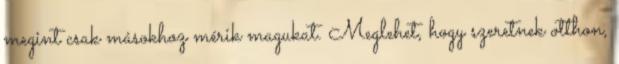
megint csak másokhoz mérik magukat. Meglehet, hogy szeretnek otthon,